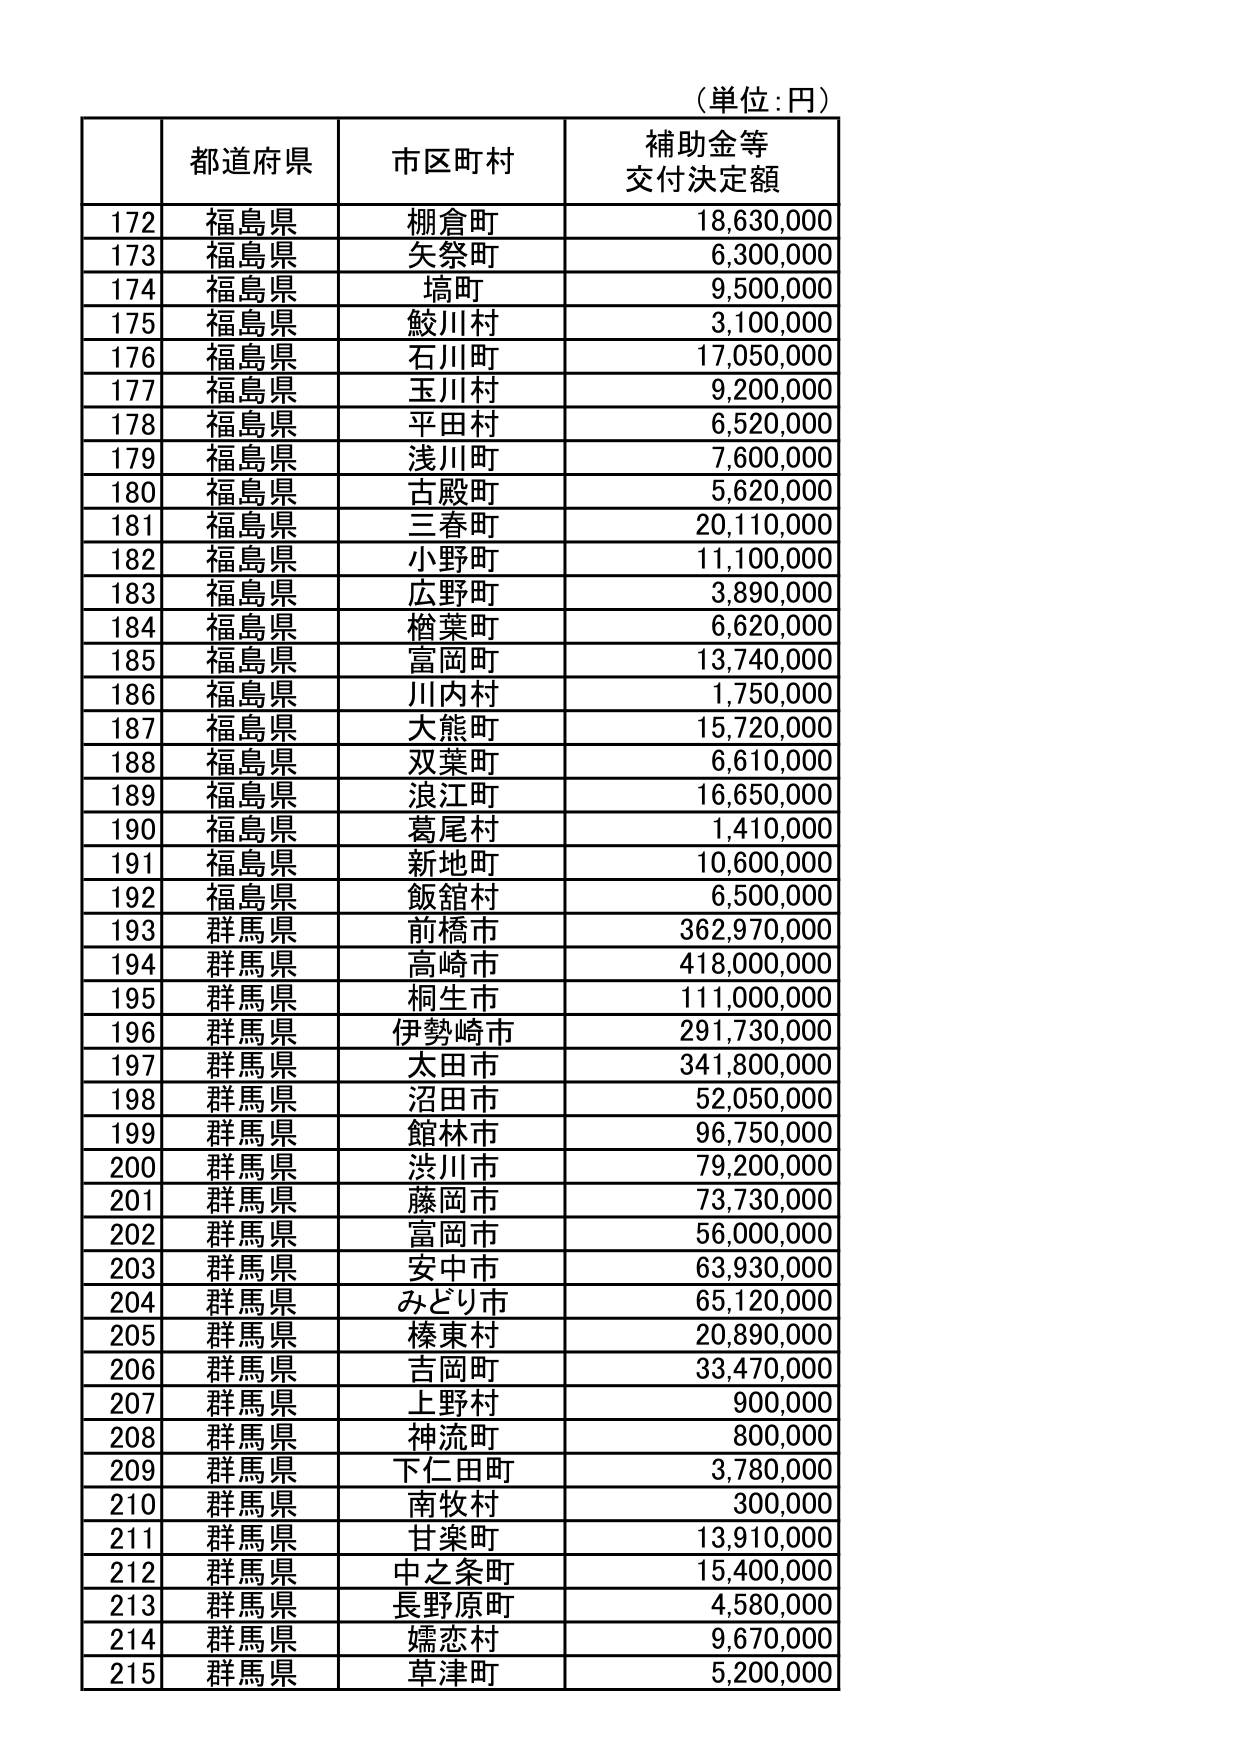
（単位：円）

| | 都道府県 | 市区町村 | 補助金等 交付決定額 |
|---|---|---|---|
| 172 | 福島県 | 棚倉町 | 18,630,000 |
| 173 | 福島県 | 矢祭町 | 6,300,000 |
| 174 | 福島県 | 塙町 | 9,500,000 |
| 175 | 福島県 | 鮫川村 | 3,100,000 |
| 176 | 福島県 | 石川町 | 17,050,000 |
| 177 | 福島県 | 玉川村 | 9,200,000 |
| 178 | 福島県 | 平田村 | 6,520,000 |
| 179 | 福島県 | 浅川町 | 7,600,000 |
| 180 | 福島県 | 古殿町 | 5,620,000 |
| 181 | 福島県 | 三春町 | 20,110,000 |
| 182 | 福島県 | 小野町 | 11,100,000 |
| 183 | 福島県 | 広野町 | 3,890,000 |
| 184 | 福島県 | 楢葉町 | 6,620,000 |
| 185 | 福島県 | 富岡町 | 13,740,000 |
| 186 | 福島県 | 川内村 | 1,750,000 |
| 187 | 福島県 | 大熊町 | 15,720,000 |
| 188 | 福島県 | 双葉町 | 6,610,000 |
| 189 | 福島県 | 浪江町 | 16,650,000 |
| 190 | 福島県 | 葛尾村 | 1,410,000 |
| 191 | 福島県 | 新地町 | 10,600,000 |
| 192 | 福島県 | 飯舘村 | 6,500,000 |
| 193 | 群馬県 | 前橋市 | 362,970,000 |
| 194 | 群馬県 | 高崎市 | 418,000,000 |
| 195 | 群馬県 | 桐生市 | 111,000,000 |
| 196 | 群馬県 | 伊勢崎市 | 291,730,000 |
| 197 | 群馬県 | 太田市 | 341,800,000 |
| 198 | 群馬県 | 沼田市 | 52,050,000 |
| 199 | 群馬県 | 館林市 | 96,750,000 |
| 200 | 群馬県 | 渋川市 | 79,200,000 |
| 201 | 群馬県 | 藤岡市 | 73,730,000 |
| 202 | 群馬県 | 富岡市 | 56,000,000 |
| 203 | 群馬県 | 安中市 | 63,930,000 |
| 204 | 群馬県 | みどり市 | 65,120,000 |
| 205 | 群馬県 | 榛東村 | 20,890,000 |
| 206 | 群馬県 | 吉岡町 | 33,470,000 |
| 207 | 群馬県 | 上野村 | 900,000 |
| 208 | 群馬県 | 神流町 | 800,000 |
| 209 | 群馬県 | 下仁田町 | 3,780,000 |
| 210 | 群馬県 | 南牧村 | 300,000 |
| 211 | 群馬県 | 甘楽町 | 13,910,000 |
| 212 | 群馬県 | 中之条町 | 15,400,000 |
| 213 | 群馬県 | 長野原町 | 4,580,000 |
| 214 | 群馬県 | 嬬恋村 | 9,670,000 |
| 215 | 群馬県 | 草津町 | 5,200,000 |